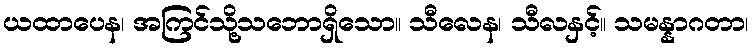
ယထာပေန၊ အကြင်သို့သဘောရှိသော။ သီလေန၊ သီလနှင့်။ သမန္နာဂတာ၊